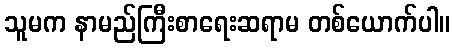
သူမက နာမည်ကြီးစာရေးဆရာမ တစ်ယောက်ပါ။